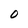
Character: O